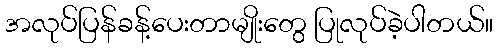
အလုပ်ပြန်ခန့်ပေးတာမျိုးတွေ ပြုလုပ်ခဲ့ပါတယ်။